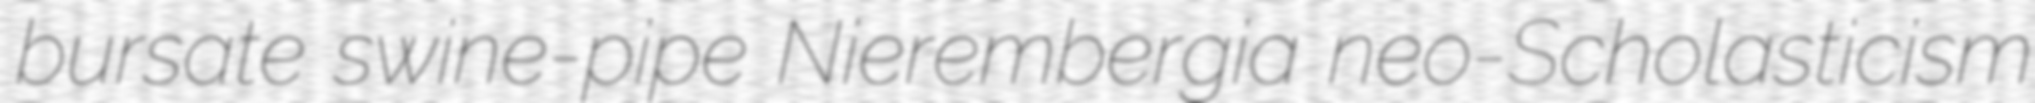
bursate swine-pipe Nierembergia neo-Scholasticism